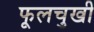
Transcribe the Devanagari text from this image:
फूलचुखी